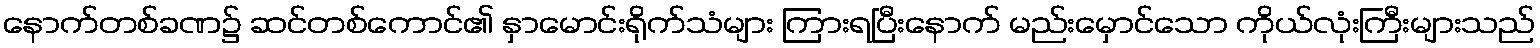
နောက်တစ်ခဏ၌ ဆင်တစ်ကောင်၏ နှာမောင်းရိုက်သံများ ကြားရပြီးနောက် မည်းမှောင်သော ကိုယ်လုံးကြီးများသည်